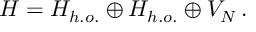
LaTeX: { \cal H } = H _ { h . o . } \oplus H _ { h . o . } \oplus V _ { N } \, .